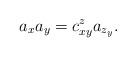
LaTeX: \begin{align*}a_{x}a_{y}=c_{xy}^{z}a_{z_{y}}.\end{align*}